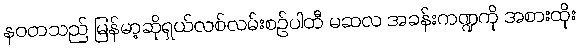
နဝတသည် မြန်မာ့ဆိုရှယ်လစ်လမ်းစဉ်ပါတီ မဆလ အခန်းကဏ္ဍကို အစားထိုး